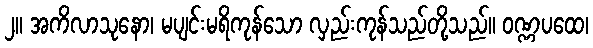
၂။ အကိလာသုနော၊ မပျင်းမရိကုန်သော လှည်းကုန်သည်တို့သည်။ ဝဏ္ဏပထေ၊